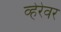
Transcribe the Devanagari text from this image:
व्हेरेवर